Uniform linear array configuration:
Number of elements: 12
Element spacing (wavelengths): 0.5
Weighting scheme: blackman
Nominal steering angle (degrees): -30
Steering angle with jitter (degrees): -29.026
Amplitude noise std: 0.05
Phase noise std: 0.05

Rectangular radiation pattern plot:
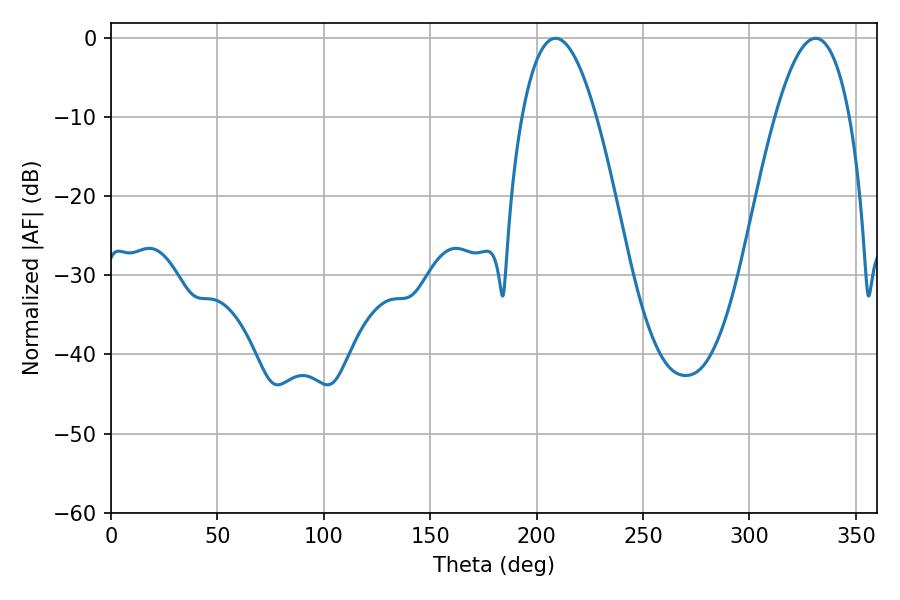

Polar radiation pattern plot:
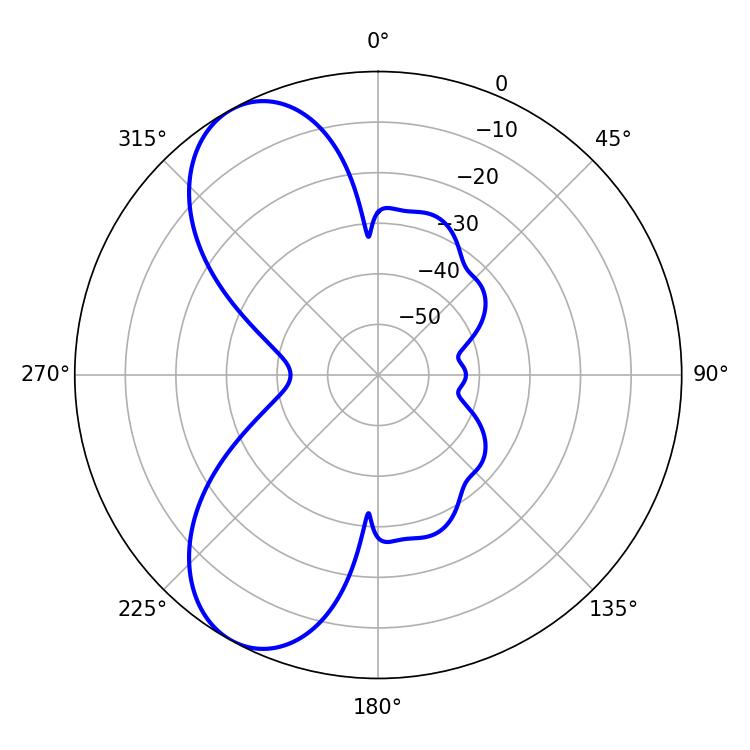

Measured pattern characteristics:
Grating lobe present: FALSE
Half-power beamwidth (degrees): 19.26
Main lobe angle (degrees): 208.8